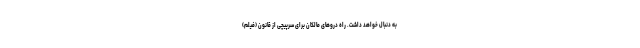
به دنبال خواهد داشت. راه دروهای مالکان برای سرپیچی از قانون (فیلم)